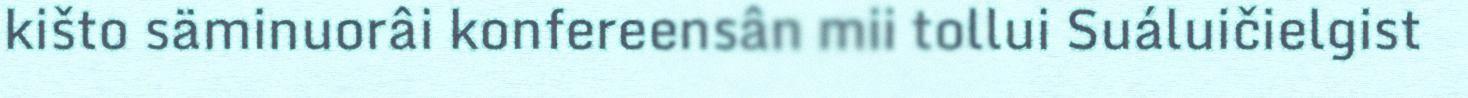
kišto säminuorâi konfereensân mii tollui Suáluičielgist